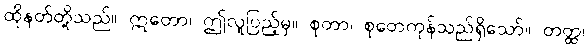
ထိုနတ်တို့သည်။ ဣတော၊ ဤလူပြည့်မှ။ စုတာ၊ စုတေကုန်သည်ရှိသော်။ တတ္ထ၊